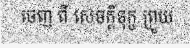
ចេញ ពី សេចក្តីទុក្ខ ព្រួយ